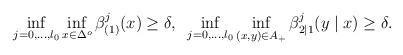
LaTeX: \begin{align*}\inf_{j =0 ,\dots,l_0}\inf_{x\in\Delta^o}\beta^j_{(1)}(x) \ge \delta, \;\; \inf_{j=0,\dots,l_0} \inf_{(x,y)\in A_{+}}\beta^j_{2|1}(y\mid x) \ge \delta.\end{align*}